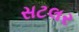
સટલર